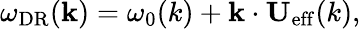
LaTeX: \omega_{\mathrm{DR}}(\mathbf{k})=\omega_{0}(k)+\mathbf{k}\cdot\mathbf{U}_{\mathrm{eff}}(k),